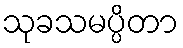
သုခသမပ္ပိတာ